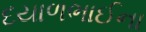
દયાળભાઈના